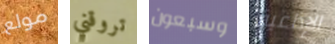
مولع تروقني وسبعون الإذاعية